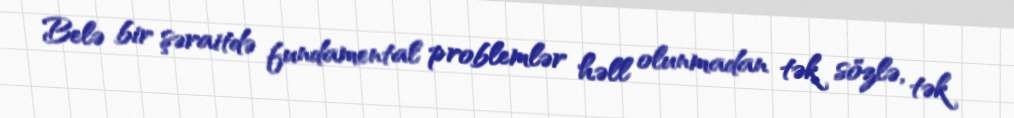
Belə bir şəraitdə fundamental problemlər həll olunmadan tək sözlə, tək